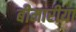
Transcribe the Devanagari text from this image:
बीमारीया